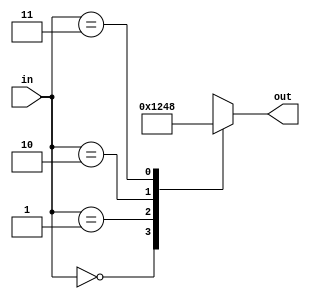
module twoToFourDecoder    (
output [3:0]out,  // Output of the decoder
input [1:0]in  // input to the decoder
);

//-------------Code Starts Here-------
reg [3:0] tmp;
always @(*)
	case(in)
		 2'b00: tmp = 4'b0001;
		 2'b01: tmp = 4'b0010;
		 2'b10: tmp = 4'b0100;
		 2'b11: tmp = 4'b1000;
	 endcase
assign out = tmp;
endmodule